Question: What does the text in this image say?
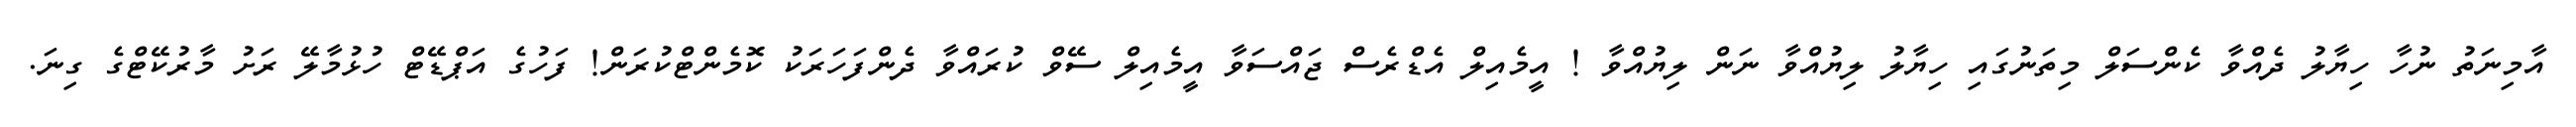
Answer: އާމިނަތު ނުހާ ހިޔާލު ދެއްވާ ކެންސަލް މިތަނުގައި ހިޔާލު ލިޔުއްވާ ނަން ލިޔުއްވާ ! އީމެއިލް އެޑްރެސް ޖައްސަވާ އީމެއިލް ސޭވް ކުރައްވާ ދެންފަހަރަކު ކޮމެންޓްކުރަން! ފަހުގެ އަޕްޑޭޓް ހުޅުމާލޭ ރަށު މާރުކޭޓްގެ ގިނަ.